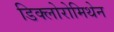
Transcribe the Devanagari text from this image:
डिक्लोरोमिथेन